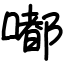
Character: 嘟